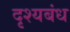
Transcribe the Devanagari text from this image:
दृश्यबंध